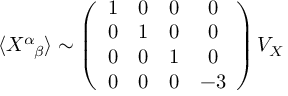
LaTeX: \langle X ^ { \alpha } { } _ { \! \beta } \rangle \sim \left( \begin{array} { c c c c } { { 1 } } & { { 0 } } & { { 0 } } & { { 0 } } \\ { { 0 } } & { { 1 } } & { { 0 } } & { { 0 } } \\ { { 0 } } & { { 0 } } & { { 1 } } & { { 0 } } \\ { { 0 } } & { { 0 } } & { { 0 } } & { { - 3 } } \end{array} \right) V _ { X }